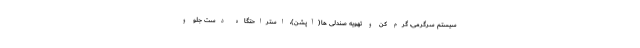
سیستم سرگرمی، گرم کن و تهویه صندلی ها(آپشن)، استراحتگاه دست جلو و